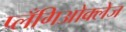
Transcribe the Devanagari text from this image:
प्लँगिओक्लेज